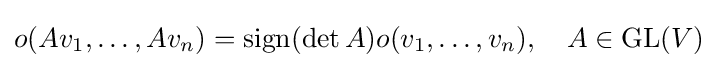
o(Av_{1},\ldots ,Av_{n})=\operatorname {sign} (\det A)o(v_{1},\ldots ,v_{n}),\quad A\in \operatorname {GL} (V)